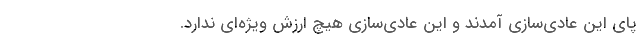
پای این عادی‌سازی‌ آمدند و این عادی‌سازی‌ هیچ ارزش ویژه‌ای ندارد.